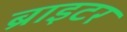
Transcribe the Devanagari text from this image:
ब्राइटर